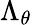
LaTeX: \Lambda_{\theta}